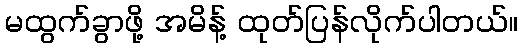
မထွက်ခွာဖို့ အမိန့် ထုတ်ပြန်လိုက်ပါတယ်။